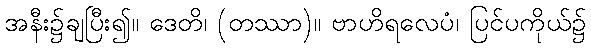
အနီး၌ချပြီး၍။ ဒေတိ၊ (တဿာ)။ ဗာဟိရလေပံ၊ ပြင်ပကိုယ်၌